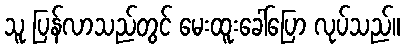
သူ ပြန်လာသည်တွင် မေးထူးခေါ်ပြော လုပ်သည်။